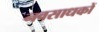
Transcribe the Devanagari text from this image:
नवसाधकों